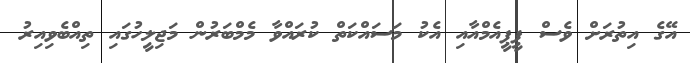
އޭގެ އިތުރަށް ވެސް ޕީޕީއެމްއާއި އެކު މަސައްކަތް ކުރައްވާ މެމްބަރުން މަޖިލީހުގައި ތިއްބެވިއިރު